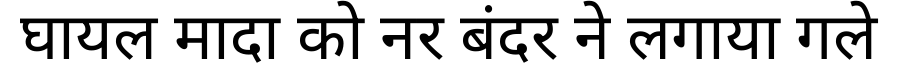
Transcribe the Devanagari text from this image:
घायल मादा को नर बंदर ने लगाया गले